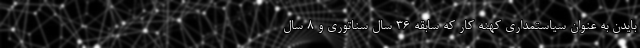
بایدن به عنوان سیاستمداری کهنه کار که سابقه 36 سال سناتوری و 8 سال